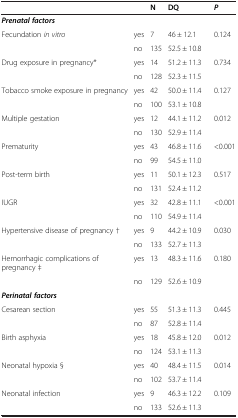
<table><thead><tr><td><b> </b></td><td><b> </b></td><td><b>N</b></td><td><b>DQ</b></td><td><b><i>P</i></b></td></tr></thead><tbody><tr><td><b><i>Prenatal factors</i></b></td><td> </td><td> </td><td> </td><td> </td></tr><tr><td>Fecundation <i>in vitro</i></td><td>yes</td><td>7</td><td>46 ± 12.1</td><td>0.124</td></tr><tr><td> </td><td>no</td><td>135</td><td>52.5 ± 10.8</td><td> </td></tr><tr><td>Drug exposure in pregnancy*</td><td>yes</td><td>14</td><td>51.2 ± 11.3</td><td>0.734</td></tr><tr><td> </td><td>no</td><td>128</td><td>52.3 ± 11.5</td><td> </td></tr><tr><td>Tobacco smoke exposure in pregnancy</td><td>yes</td><td>42</td><td>50.0 ± 11.4</td><td>0.127</td></tr><tr><td> </td><td>no</td><td>100</td><td>53.1 ± 10.8</td><td> </td></tr><tr><td>Multiple gestation</td><td>yes</td><td>12</td><td>44.1 ± 11.2</td><td>0.012</td></tr><tr><td> </td><td>no</td><td>130</td><td>52.9 ± 11.4</td><td> </td></tr><tr><td>Prematurity</td><td>yes</td><td>43</td><td>46.8 ± 11.6</td><td>&lt;0.001</td></tr><tr><td> </td><td>no</td><td>99</td><td>54.5 ± 11.0</td><td> </td></tr><tr><td>Post-term birth</td><td>yes</td><td>11</td><td>50.1 ± 12.3</td><td>0.517</td></tr><tr><td> </td><td>no</td><td>131</td><td>52.4 ± 11.2</td><td> </td></tr><tr><td>IUGR</td><td>yes</td><td>32</td><td>42.8 ± 11.1</td><td>&lt;0.001</td></tr><tr><td> </td><td>no</td><td>110</td><td>54.9 ± 11.4</td><td> </td></tr><tr><td>Hypertensive disease of pregnancy †</td><td>yes</td><td>9</td><td>44.2 ± 10.9</td><td>0.030</td></tr><tr><td> </td><td>no</td><td>133</td><td>52.7 ± 11.3</td><td> </td></tr><tr><td>Hemorrhagic complications of pregnancy ‡</td><td>yes</td><td>13</td><td>48.3 ± 11.6</td><td>0.180</td></tr><tr><td> </td><td>no</td><td>129</td><td>52.6 ± 10.9</td><td> </td></tr><tr><td><b><i>Perinatal factors</i></b></td><td> </td><td> </td><td> </td><td> </td></tr><tr><td>Cesarean section</td><td>yes</td><td>55</td><td>51.3 ± 11.3</td><td>0.445</td></tr><tr><td> </td><td>no</td><td>87</td><td>52.8 ± 11.4</td><td> </td></tr><tr><td>Birth asphyxia</td><td>yes</td><td>18</td><td>45.8 ± 12.0</td><td>0.012</td></tr><tr><td> </td><td>no</td><td>124</td><td>53.1 ± 11.3</td><td> </td></tr><tr><td>Neonatal hypoxia §</td><td>yes</td><td>40</td><td>48.4 ± 11.5</td><td>0.014</td></tr><tr><td> </td><td>no</td><td>102</td><td>53.7 ± 11.4</td><td> </td></tr><tr><td>Neonatal infection</td><td>yes</td><td>9</td><td>46.3 ± 12.2</td><td>0.109</td></tr><tr><td> </td><td>no</td><td>133</td><td>52.6 ± 11.3</td><td> </td></tr></tbody></table>